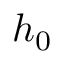
h _ { 0 }